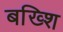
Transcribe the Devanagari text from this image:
बख्शि